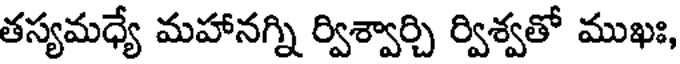
తస్యమధ్యే మహానగ్ని ర్విశ్వార్చి ర్విశ్వతో ముఖః,